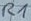
Text: R1